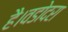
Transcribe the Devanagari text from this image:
है।वडोदरा